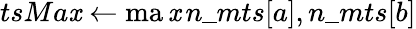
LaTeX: tsMa\mathit{x}\gets\operatorname*{ma\mathit{x}}{n\_ mts[a],n\_ mts[b]}